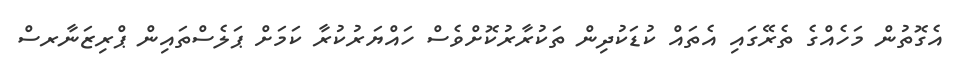
އެގޮތުން މަހެއްގެ ތެރޭގައި އެތައް ކުޑަކުދިން ތަކުރާރުކޮށްވެސް ހައްޔަރުކުރާ ކަމަށް ޕަލެސްތައިން ޕްރިޒަނާރސް